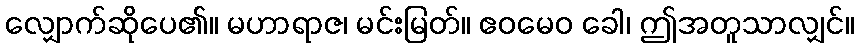
လျှောက်ဆိုပေ၏။ မဟာရာဇ၊ မင်းမြတ်။ ဧဝမေဝ ခေါ၊ ဤအတူသာလျှင်။